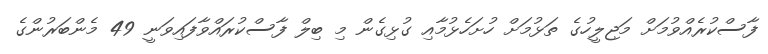
ފާސްކުރެއްވުމަށް މަޖިލީހުގެ ތަޅުމަށް ހުށަހެޅުމާއި ގުޅިގެން މި ބިލް ފާސްކުރައްވާފައިވަނީ 49 މެންބަރުންގެ